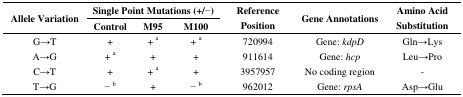
<table><thead><tr><td rowspan="3"><b>Allele Variation</b></td><td colspan="3"><b>Single Point Mutations (+/−)</b></td><td rowspan="3"><b>Reference Position</b></td><td rowspan="3"><b>Gene Annotations</b></td><td rowspan="3"><b>Amino Acid Substitution</b></td></tr><tr><td><b>Control</b></td><td><b>M95</b></td><td><b>M100</b></td></tr></thead><tbody><tr><td>G→T</td><td>+</td><td>+ a</td><td>+ a</td><td>720994</td><td>Gene: <i>kdpD</i></td><td>Gln→Lys</td></tr><tr><td>A→G</td><td>+ a</td><td>+</td><td>+</td><td>911614</td><td>Gene: <i>hcp</i></td><td>Leu→Pro</td></tr><tr><td>C→T</td><td>+</td><td>+ a</td><td>+</td><td>3957957</td><td>No coding region</td><td>-</td></tr><tr><td>T→G</td><td>− b</td><td>+</td><td>− b</td><td>962012</td><td>Gene: <i>rpsA</i></td><td>Asp→Glu</td></tr></tbody></table>